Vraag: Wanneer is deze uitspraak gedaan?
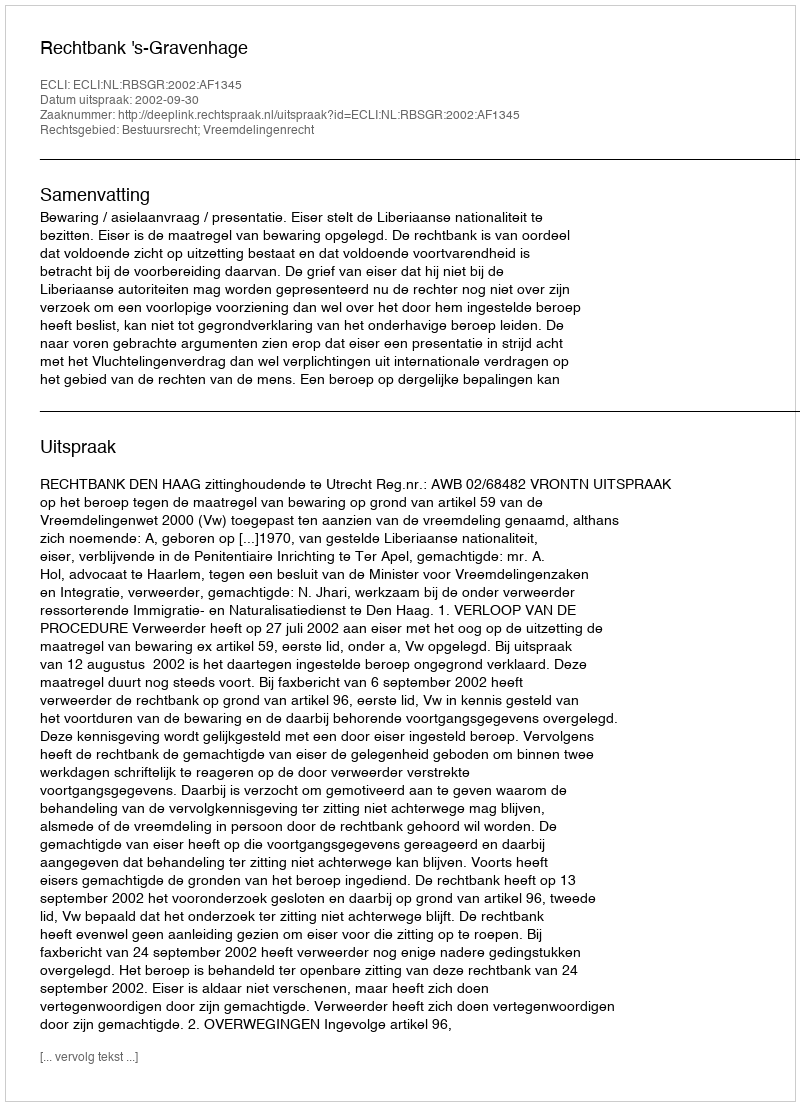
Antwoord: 2002-09-30